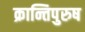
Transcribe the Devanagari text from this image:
क्रान्तिपुरुष